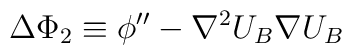
\Delta \Phi_2\equiv \phi''-\nabla^2 U_B \nabla U_B